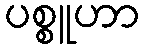
ပစ္စူဟာ